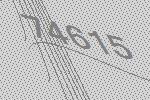
74615